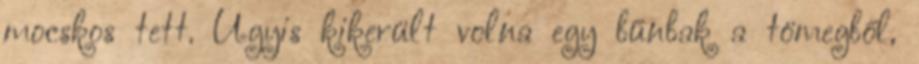
mocskos tett. Úgyis kikerült volna egy bűnbak a tömegből,